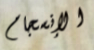
الإنسجام